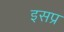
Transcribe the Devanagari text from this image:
इसप्र